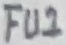
Text: FU1